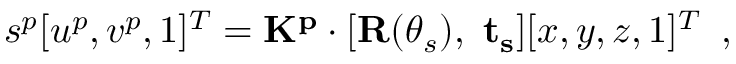
\begin{array} { r } { s ^ { p } [ u ^ { p } , v ^ { p } , 1 ] ^ { T } = \mathbf { K ^ { p } } \cdot [ \mathbf { R } ( \theta _ { s } ) , ~ \mathbf { t _ { s } } ] [ x , y , z , 1 ] ^ { T } \enspace , } \end{array}